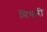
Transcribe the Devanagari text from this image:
मिथारी